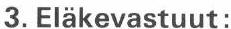
3. Eläkevastuut